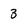
Character: 3